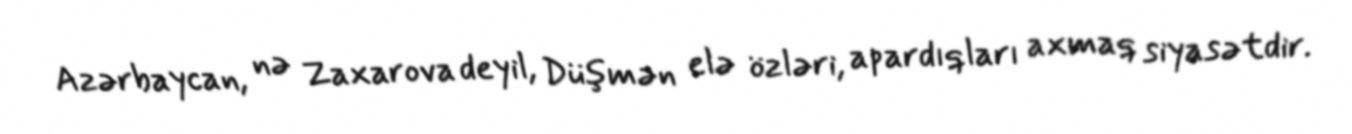
Azərbaycan, nə Zaxarova deyil, Düşmən elə özləri, apardıqları axmaq siyasətdir.